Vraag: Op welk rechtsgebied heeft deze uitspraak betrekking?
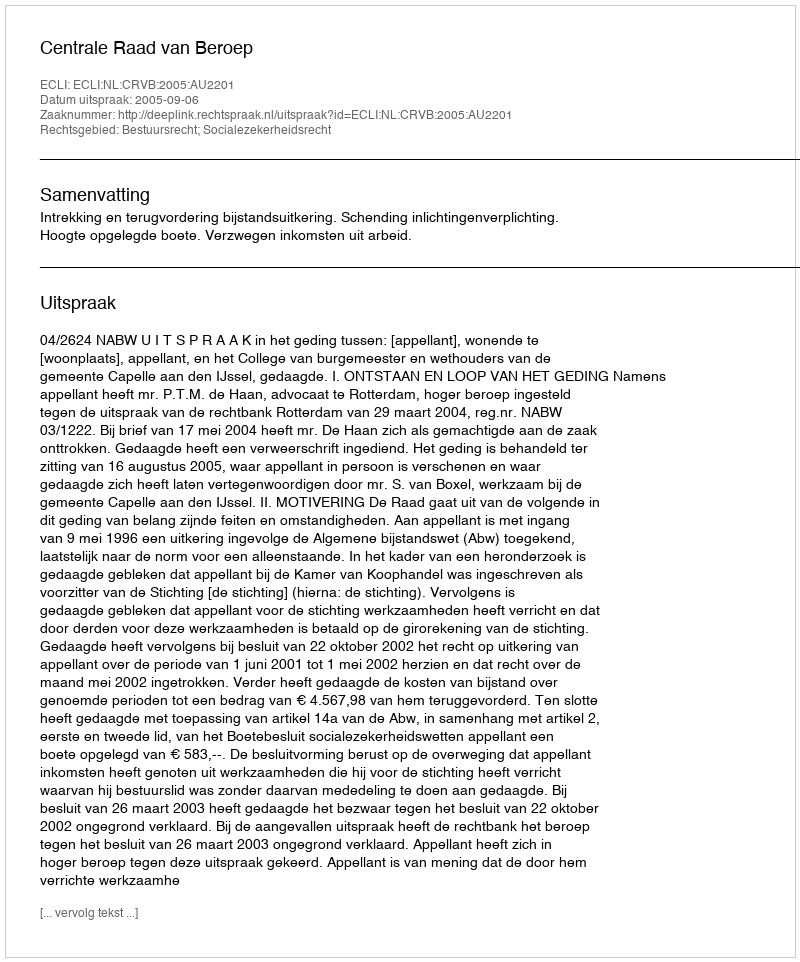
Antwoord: Bestuursrecht; Socialezekerheidsrecht